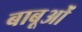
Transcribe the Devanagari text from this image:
बाबूओं